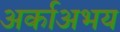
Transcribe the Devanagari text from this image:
अर्काअभय